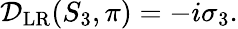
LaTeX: \begin{array}{r}{\mathcal{D}_{\mathrm{LR}}(S_{3},\pi)=-i\sigma_{3}.}\end{array}